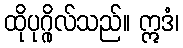
ထိုပုဂ္ဂိုလ်သည်။ ဣဒံ၊